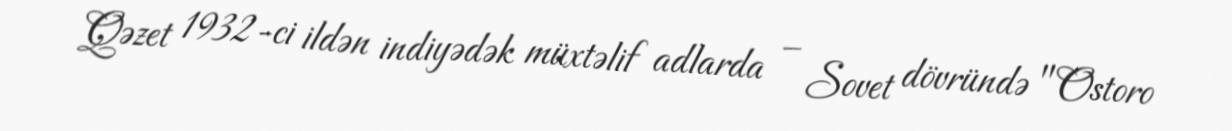
Qəzet 1932-ci ildən indiyədək müxtəlif adlarda – Sovet dövründə "Ostoro